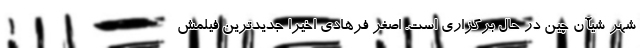
شهر شیآن چین در حال برگزاری است. اصغر فرهادی اخیرا جدیدترین فیلمش